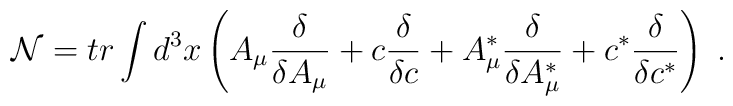
\mathcal{N}=tr\int d^3x\left( A_\mu \frac \delta {\delta A_\mu }+c\frac\delta {\delta c}+A_\mu ^{*}\frac \delta {\delta A_\mu ^{*}}+c^{*}\frac\delta {\delta c^{*}}\right) \;.